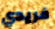
فريدي